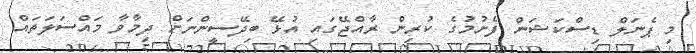
މި ޕެނަލް ޑިސްކަޝަން ފެށުމުގެ ކުރިން ރާއްޖޭގައި އުޅޭ ބިދޭސީންނަށް ދިމާވާ މައްސަލަތައް